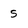
Character: 5